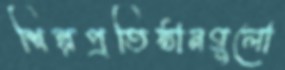
শিল্পপ্রতিষ্ঠানগুলো